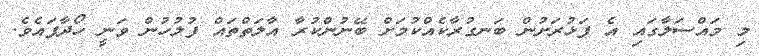
މި މައްސަލާގައި އެ ފަޅުރަށުން ބަނގުރާކެއްކުމަށް ބޭނުންކުރާ އާލަތްތައް ފުލުހުން ވަނީ ހޯދާފައެވެ.